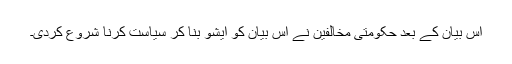
اس بیان کے بعد حکومتی مخالفین نے اس بیان کو ایشو بنا کر سیاست کرنا شروع کردی۔